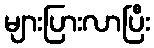
များပြားလာပြီး